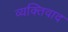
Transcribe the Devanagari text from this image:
व्‍यक्तिवाद